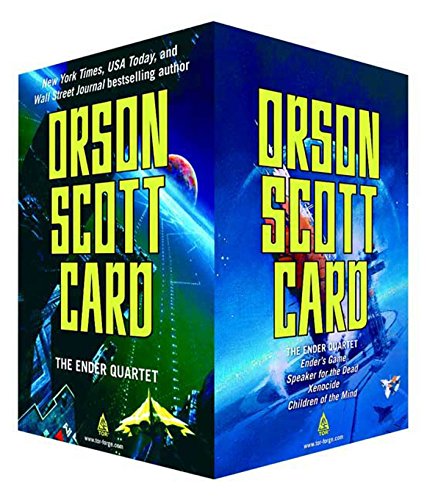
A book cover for The Ender Quartet Boxed Set: Ender's Game, Speaker for the Dead, Xenocide, Children of the Mind (The Ender Quintet); Orson Scott Card; Science Fiction & Fantasy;